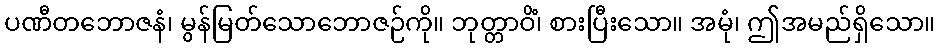
ပဏီတဘောဇနံ၊ မွန်မြတ်သောဘောဇဉ်ကို။ ဘုတ္တာဝိံ၊ စားပြီးသော။ အမုံ၊ ဤအမည်ရှိသော။